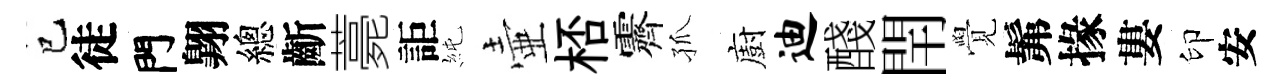
巳徒門翺總齗薧詎純壷桮霽孤廚迪醆閈覺髴掾婁印安